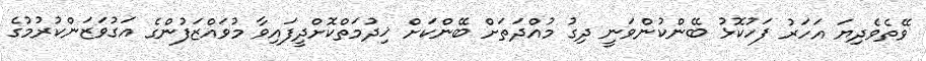
ވޭތެވެދިޔަ އަހަރު ފަހުކޮޅު ބޭންކުންވަނީ ދިގު މުއްދަތަށް ބޭންކަށް ޚިދުމަތްކޮށްދީފައިވާ މުވައްޒަފުންގެ އަގުވަޒަންކުރުމުގެ